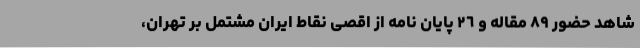
شاهد حضور ٨٩ مقاله و ٢٦ پایان نامه از اقصی نقاط ایران مشتمل بر تهران،